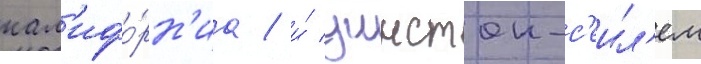
кал'ифо́рн'иа / и́ уинстон-с'еил'ем